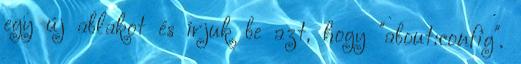
egy új ablakot és írjuk be azt, hogy "about:config".